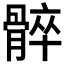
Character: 𩩠